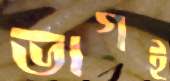
ভাগই